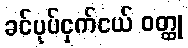
ခင်ပုပ်ငှက်ငယ် ဝတ္ထု